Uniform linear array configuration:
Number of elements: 4
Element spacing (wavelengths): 0.75
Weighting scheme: binomial
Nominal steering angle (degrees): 60
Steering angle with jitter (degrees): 61.562
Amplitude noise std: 0.05
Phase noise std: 0.05

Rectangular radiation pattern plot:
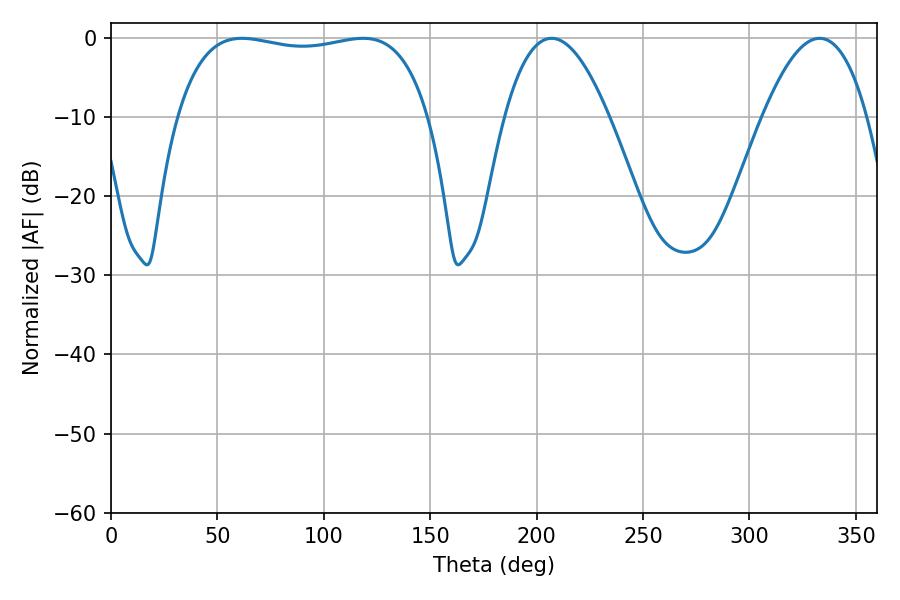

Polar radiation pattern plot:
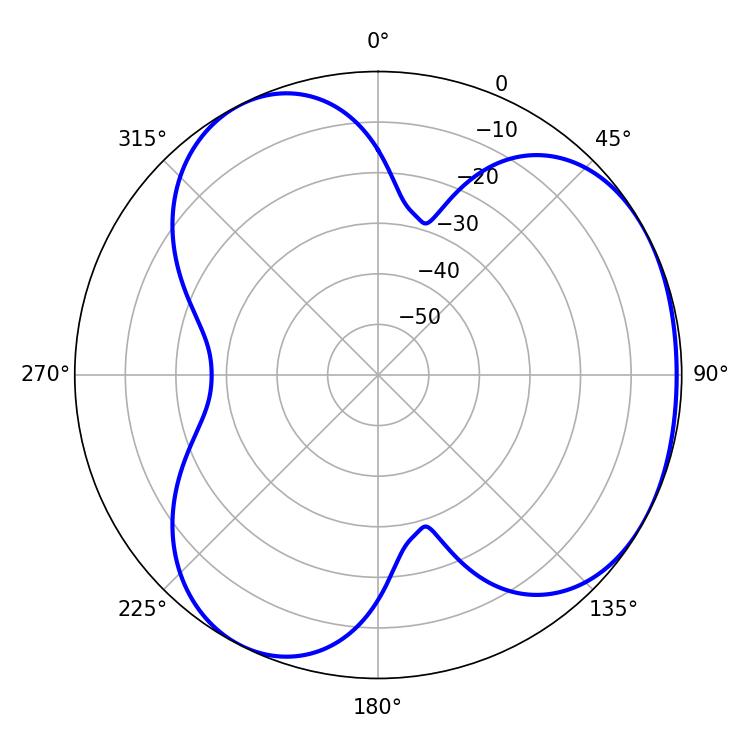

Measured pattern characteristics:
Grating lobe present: TRUE
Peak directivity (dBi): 3.552
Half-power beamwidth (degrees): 95.4
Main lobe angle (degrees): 61.56